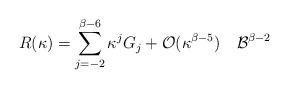
LaTeX: \begin{align*}R(\kappa)=\sum_{j=-2}^{\beta-6}\kappa^jG_j+\mathcal{O}(\kappa^{\beta-5})\quad\mathcal B^{\beta-2}\end{align*}